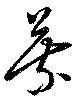
葉